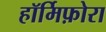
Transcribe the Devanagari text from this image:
हॉर्मिफ़ोरा